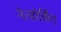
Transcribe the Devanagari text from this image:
नेत्वोर्किंग